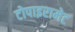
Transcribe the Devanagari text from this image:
टोपाइरामेट